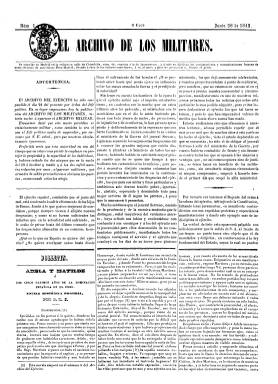
Título: El Archivo de los militares
Colección: Fuerzas armadas
Ámbito geográfico: Madrid
Lugar de publicación: Madrid
Fechas: 28/06/1843-28/06/1843

De este título sólo se conoce su número uno, correspondiente al 28 de junio de 1843, al aparecer en lugar de El archivo del ejército, cuyo número cinco había sido suspendido por orden gubernamental siete días antes, y que a su vez había empezado a publicarse el cuatro del mismo mes de junio al haber sido también suspendido anteriormente El archivo militar, fundado por Antonio Vallecillo Luján (1807-1880). En esta entrega, con igual estructura formal y de contenidos a la cabecera que sustituye, aunque en esta ocasión sin pie de imprenta, se da cuenta de los sucesos que está provocando la sublevación militar que derrocará a Baldomero Espartero (1793-1879). Según Aguilar Olivencia (1980), será un periódico claramente antiesparterista y serranista acérrimo, en un momento en el que el general Francisco Serrano (1810-1885) se adhiere al pronunciamiento liderado por el general Ramón María Narváez (1800-1868), que acabará con la regencia esparterista (1841-1843). Como este periódico militar también es suspendido, en su lugar aparecerá días después otro que lo sustituye con el título El archivo de la milicia española. Véase también este título en esta Hemeroteca Digital. En la colección de El archivo del ejército está incluido un Suplemento al núm. 1 del Archivo de los militares, de cuatro páginas.